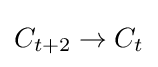
C_{t+2}\to C_{t}